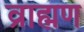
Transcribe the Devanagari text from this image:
व्राह्मण